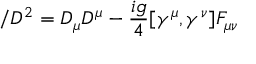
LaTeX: \slash { D } ^ { 2 } = D _ { \mu } D ^ { \mu } - \frac { i g } { 4 } [ \gamma ^ { \mu } , \gamma ^ { \nu } ] F _ { \mu \nu }